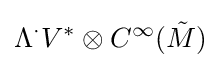
\Lambda ^{\cdot }V^{*}\otimes C^{\infty }({\tilde {M}})